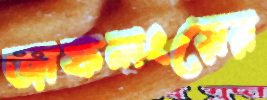
জাফলংয়ের